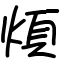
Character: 煩